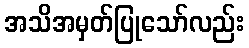
အသိအမှတ်ပြုသော်လည်း